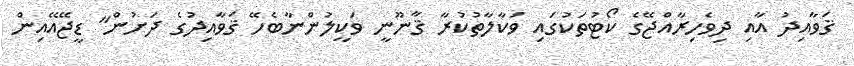
ޤަވާއިދު އާއި ދިވެހިރާއްޖޭގެ ކޯޓުތަކުގައި ވަކާލާތުކުރާ ޤާނޫނީ ވަކީލުންނާބެހޭ ޤަވާއިދުގެ ދަށުން" ޑީޖޭއޭއިން